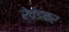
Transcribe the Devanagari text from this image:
रेवंडकर